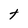
Character: t